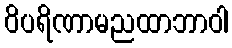
ဝိပရိဏာမညထာဘာဝါ